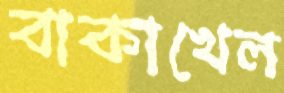
বাকাখেল